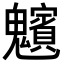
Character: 𩴸